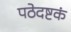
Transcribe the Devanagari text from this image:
पठेदष्टकं